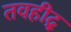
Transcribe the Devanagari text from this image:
तवहीद्